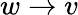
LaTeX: w\rightarrow v